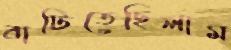
বাটিতেছিলাম